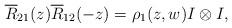
LaTeX: \begin{align*}\overline{R}_{21}(z)\overline{R}_{12}(-z)=\rho_1 (z,w)I\otimes I, \end{align*}